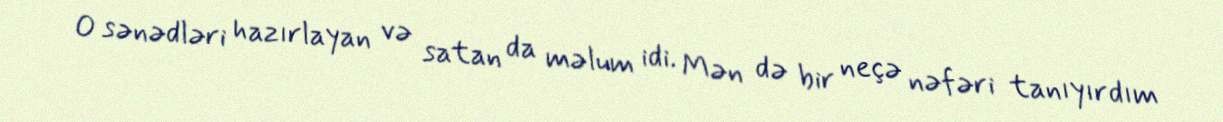
O sənədləri hazırlayan və satan da məlum idi. Mən də bir neçə nəfəri tanıyırdım